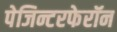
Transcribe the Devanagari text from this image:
पेजिन्टरफेरॉन